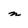
Character: n